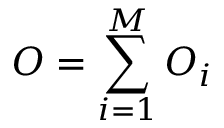
O = \sum _ { i = 1 } ^ { M } O _ { i }